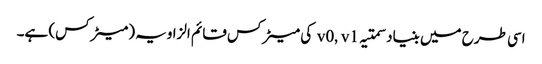
اسی طرح میں بنیاد سمتیہ v0, v1 کی میٹرکس قائم الزاویہ (میٹرکس) ہے۔